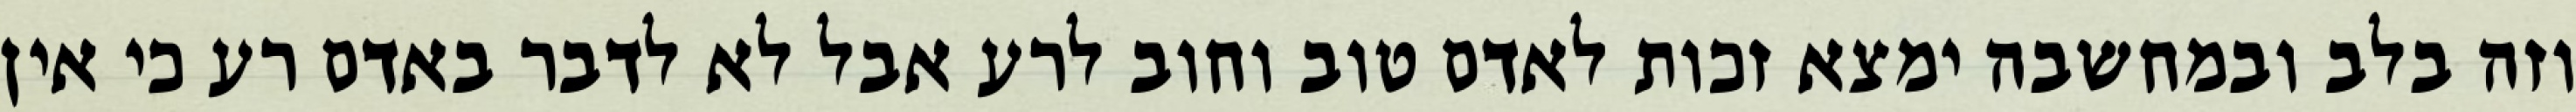
וזה בלב ובמחשבה ימצא זכות לאדם טוב וחוב לרע אבל לא לדבר באדם רע כי אין